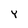
Character: Y